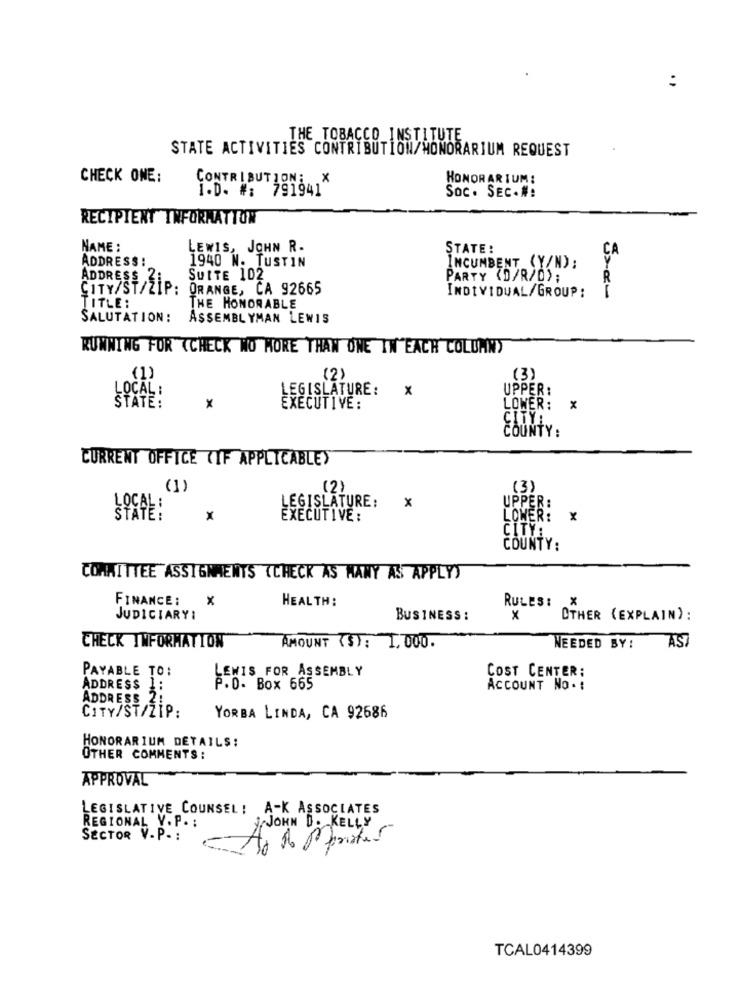
:
THE TOBACCO INSTITUTE
STATE ACTIVITIES CONTRIBUTION/HONORARIUM REQUEST
CHECK ONE:
CONTRIBUTION: X
HONORARIUM:
I.D. #: 791941
Soc. SEC.#:
RECIPIENT INFORMATTON
NAME :
LEWIS, JOHN R.
STATE:
CA
ADDRESS !
1940 N. TUSTIN
INCUMBENT (Y/N) :
ADDRESS 2:
SUITE 102
PARTY (D/R/D);
CITY/ST/ZIP:
ORANGE, CA 92665
INDIVIDUAL/GROUP :
TITLE:
THE HONORABLE
SALUTATION :
ASSEMBLYMAN LEWIS
RUNNING FOR (CHECK NO MORE THAN ONE IN EACH COLUMNY
(1)
(2)
(3)
LEGISLATURE:
X
UPPER:
LOCAL :
STATE:
X
EXECUTIVE :
LOWER:
CITY:
COUNTY:
CURRENT OFFICE (IF APPLICABLE>
(1)
(2)
(3)
LEGISLATURE:
X
UPPER:
STATE!
x
EXECUTIVE :
LOWER:
x
CITY:
COUNTY:
COMMITTEE ASSIGNMENTS (CHECK AS MANY AS APPLYS
FINANCE: X
HEALTH:
RULES:
JUDICIARY!
BUSINESS :
x
OTHER (EXPLAIN):
AST
CHECK INFORMATION
AMOUNT ($): 1, 000.
NEEDED BY:
PAYABLE TO:
LEWIS FOR ASSEMBLY
COST CENTER:
ADDRESS 1:
P.O. Box 665
ACCOUNT NO . :
ADDRESS 2:
CITY/ST/ZIP:
YORBA LINDA, CA 92686
HONORARIUM DETAILS:
OTHER COMMENTS:
APPROVAL
LEGISLATIVE COUNSEL : A-K ASSOCIATES
REGIONAL V. P. :
JOHN D. KELLY
SECTOR V. P. :
TCAL0414399